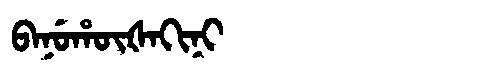
Manchu: ᠪᠠᠨᡠᡥᡡᡧᠠᡴᡳᠨᡳ
Romanization: BANUHŪŠAKINI